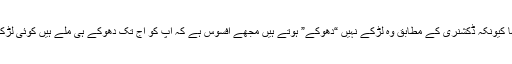
میں نے کہا کیونکہ ڈکشنری کے مطابق وہ لڑکے نہیں “دھوکے” ہوتے ہیں مجھے افسوس ہے کہ آپ کو آج تک دھوکے ہی ملے ہیں کوئی لڑکا نہیں ملا ۔